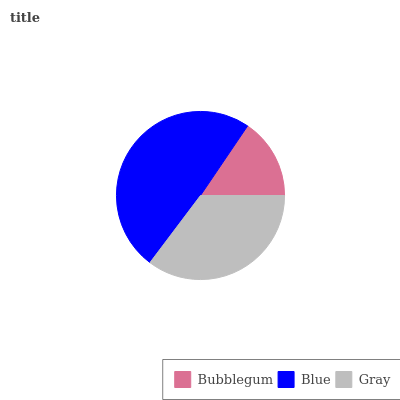
| Bubblegum | Blue | Gray |
 | --- | --- | --- |
 | 15.5% | 49.2% | 35.3% |